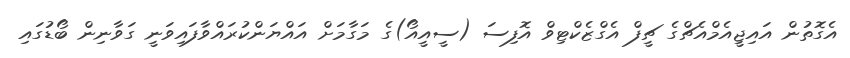
އެގޮތުން އައިޖީއެމްއެޗްގެ ޗީފް އެގްޒެކްޓިވް އޮފިސަ (ސީއީއޯ)ގެ މަގާމަށް އައްޔަންކުރައްވާފައިވަނީ ގަވާނިން ބޯޑުގައި